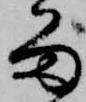
留